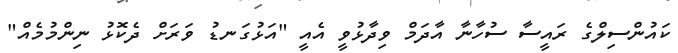
ކައުންސިލްގެ ރައީސާ ސުހާނާ އާދަމް ވިދާޅުވީ އެއީ "އަޅުގަނޑު ވަރަށް ދެކޮޅު ނިންމުމެއް"